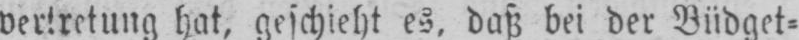
hat, geschieht es, daß bei der Büdget⸗